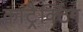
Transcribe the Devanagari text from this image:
कांट्रैक्टिंग